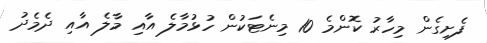
ފެށިގެން މިހާރު ކޮންމެ 10 މިނެޓަކުން ހުޅުމާލެ އާއި މާލެ އާއި ދެމެދު